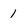
Character: 1